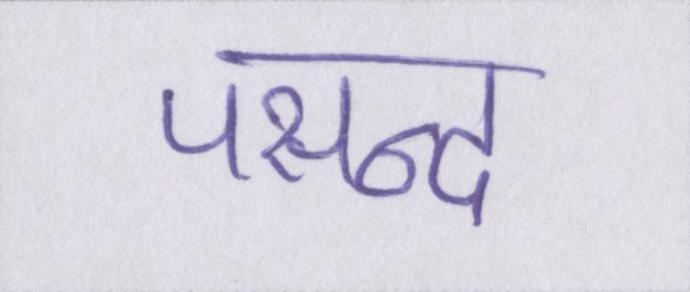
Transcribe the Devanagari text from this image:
पसन्द